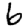
Digit: 6